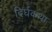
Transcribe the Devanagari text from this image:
दिर्घकथा